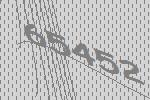
65452